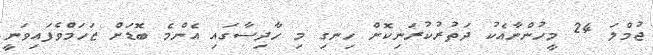
ޖުމްލަ 24 މީހުންނާއެކު ދަތުރުކުރަނިކޮށް ހިނގި މި ހާދިސާގައި އެންމެ ބޮޑަށް ޒަހަމްވެފައިވަނީ